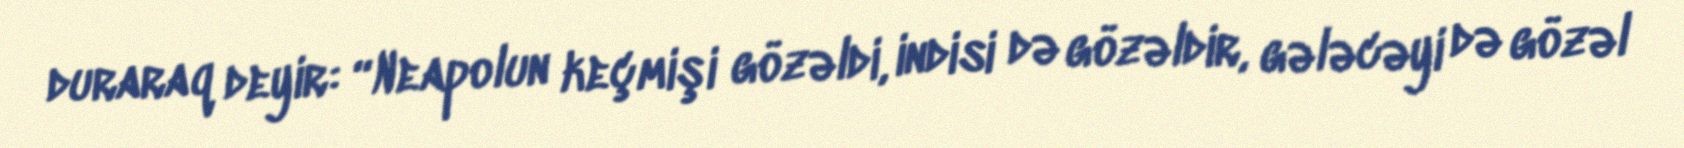
duraraq deyir: “Neapolun keçmişi gözəldi, indisi də gözəldir, gələcəyi də gözəl